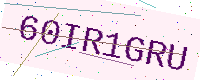
Text: 60IR1GRU